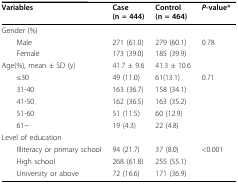
<table><thead><tr><td><b>Variables</b></td><td><b>Case (n = 444)</b></td><td><b>Control (n = 464)</b></td><td><b><i>P</i>-value*</b></td></tr></thead><tbody><tr><td>Gender (%)</td><td></td><td></td><td></td></tr><tr><td> Male</td><td>271 (61.0)</td><td>279 (60.1)</td><td>0.78</td></tr><tr><td> Female</td><td>173 (39.0)</td><td>185 (39.9)</td><td></td></tr><tr><td>Age(%), mean ± SD (y)</td><td>41.7 ± 9.6</td><td>41.3 ± 10.6</td><td></td></tr><tr><td> ≤30</td><td>49 (11.0)</td><td>61(13.1)</td><td>0.71</td></tr><tr><td> 31-40</td><td>163 (36.7)</td><td>158 (34.1)</td><td></td></tr><tr><td> 41-50</td><td>162 (36.5)</td><td>163 (35.2)</td><td></td></tr><tr><td> 51-60</td><td>51 (11.5)</td><td>60 (12.9)</td><td></td></tr><tr><td> 61~</td><td>19 (4.3)</td><td>22 (4.8)</td><td></td></tr><tr><td>Level of education</td><td></td><td></td><td></td></tr><tr><td> Illiteracy or primary school</td><td>94 (21.7)</td><td>37 (8.0)</td><td>&lt;0.001</td></tr><tr><td> High school</td><td>268 (61.8)</td><td>255 (55.1)</td><td></td></tr><tr><td> University or above</td><td>72 (16.6)</td><td>171 (36.9)</td><td></td></tr></tbody></table>